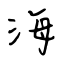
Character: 海